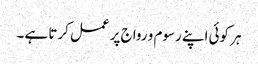
ہر کوئی اپنے رسوم و رواج پر عمل کرتا ہے ۔